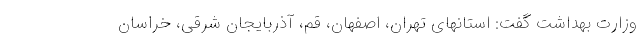
وزارت بهداشت گفت: استانهای تهران، اصفهان، قم، آذربایجان شرقی، خراسان